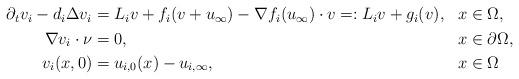
LaTeX: \begin{align*}\begin{aligned}\partial_t v_i - d_i\Delta v_i &= L_i v + f_i(v+u_{\infty}) - \nabla f_i(u_{\infty})\cdot v =: L_i v + g_i(v), && x\in\Omega,\\\nabla v_i \cdot \nu &= 0, && x\in\partial\Omega,\\v_i(x,0) &= u_{i,0}(x) - u_{i,\infty}, && x\in\Omega\end{aligned}\end{align*}